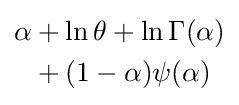
{\begin{aligned}\alpha &+\ln \theta +\ln \Gamma (\alpha )\\&+(1-\alpha )\psi (\alpha )\end{aligned}}